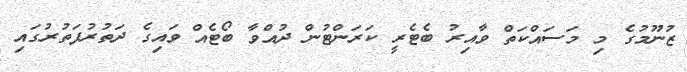
ޒުނޫމުގެ މި މަސައްކަތް ވާއިރު ބެޓެރީ ކަރަންޓުން ދުއްވާ ބޯޓެއް ވައިގެ ދަތުރުފަތުރުގައި